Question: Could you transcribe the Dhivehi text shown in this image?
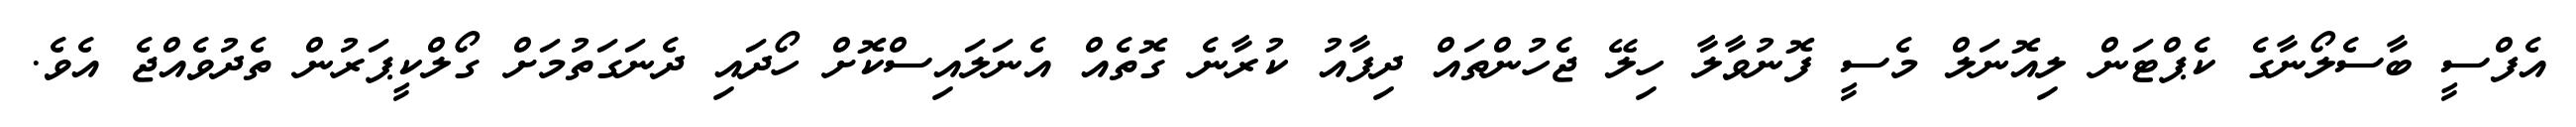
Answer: އެފްސީ ބާސެލޯނާގެ ކެޕްޓަން ލިއޮނަލް މެސީ ފޮނުވާލާ ހިލޭ ޖެހުންތައް ދިފާއު ކުރާނެ ގޮތެއް އެނަލައިސްކޮށް ހޯދައި ދެނަގަތުމަށް ގޯލްކީޕަރުން ތެދުވެއްޖެ އެވެ.